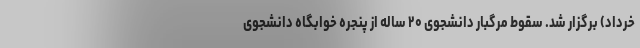
خرداد) برگزار شد. سقوط مرگبار دانشجوی ۲۰ ساله از پنجره خوابگاه دانشجوی